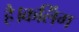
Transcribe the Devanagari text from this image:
है।कलिंग